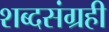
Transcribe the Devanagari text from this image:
शब्दसंग्रही